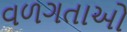
વળગતાઓ